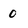
Character: 0